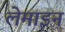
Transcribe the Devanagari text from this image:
लेमाइन